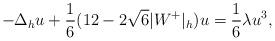
LaTeX: \begin{align*} -\Delta_{h} u + \frac{1}{6}(12 - 2\sqrt{6}|W^{+}|_h)u = \frac{1}{6}\lambda u^3,\end{align*}